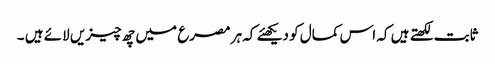
ثابت لکھتے ہیں کہ اس کمال کو دیکھئے کہ ہر مصرع میں چھ چیزیں لائے ہیں ۔